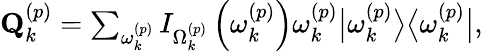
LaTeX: \begin{array}{r}{\mathbf{Q}_{k}^{\left(p\right)}=\sum_{\omega_{k}^{\left(p\right)}}I_{\Omega_{k}^{\left(p\right)}}\left(\omega_{k}^{\left(p\right)}\right)\omega_{k}^{\left(p\right)}\big\vert\omega_{k}^{\left(p\right)}\big\rangle\big\langle\omega_{k}^{\left(p\right)}\big\vert,}\end{array}